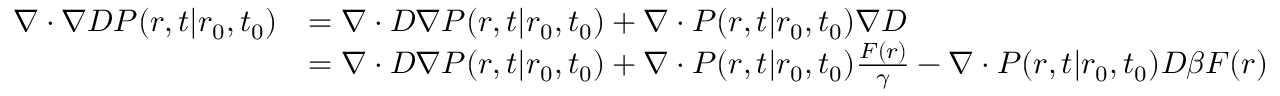
{ \begin{array} { r l } { \nabla \cdot \nabla D P ( r , t | r _ { 0 } , t _ { 0 } ) } & { = \nabla \cdot D \nabla P ( r , t | r _ { 0 } , t _ { 0 } ) + \nabla \cdot P ( r , t | r _ { 0 } , t _ { 0 } ) \nabla D } \\ & { = \nabla \cdot D \nabla P ( r , t | r _ { 0 } , t _ { 0 } ) + \nabla \cdot P ( r , t | r _ { 0 } , t _ { 0 } ) { \frac { F ( r ) } { \gamma } } - \nabla \cdot P ( r , t | r _ { 0 } , t _ { 0 } ) D \beta F ( r ) } \end{array} }